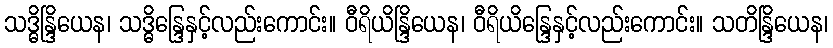
သဒ္ဓိန္ဒြိယေန၊ သဒ္ဓိန္ဒြေနှင့်လည်းကောင်း။ ဝီရိယိန္ဒြိယေန၊ ဝီရိယိန္ဒြေနှင့်လည်းကောင်း။ သတိန္ဒြိယေန၊